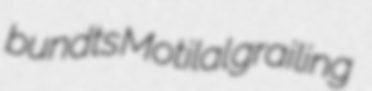
bundts Motilal grailing